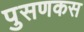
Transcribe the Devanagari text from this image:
पुसणकस